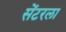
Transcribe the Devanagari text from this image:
सेंटरला